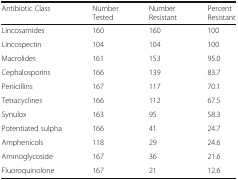
| Antibiotic Class | Number Tested | Number Resistant | Percent Resistant |
 | --- | --- | --- | --- |
 | Lincosamides | 160 | 160 | 100 |
 | Lincospectin | 104 | 104 | 100 |
 | Macrolides | 161 | 153 | 95.0 |
 | Cephalosporins | 166 | 139 | 83.7 |
 | Penicillins | 167 | 117 | 70.1 |
 | Tetracyclines | 166 | 112 | 67.5 |
 | Synulox | 163 | 95 | 58.3 |
 | Potentiated sulpha | 166 | 41 | 24.7 |
 | Amphenicols | 118 | 29 | 24.6 |
 | Aminoglycoside | 167 | 36 | 21.6 |
 | Fluoroquinolone | 167 | 21 | 12.6 |